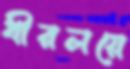
ধীরলয়ে